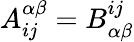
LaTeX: A_{ij}^{\alpha\beta}=B_{\alpha\beta}^{ij}